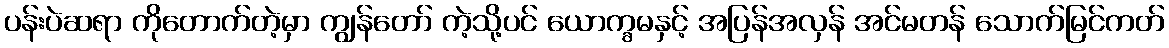
ပန်းပဲဆရာ ကိုတောက်တဲ့မှာ ကျွန်တော် ကဲ့သို့ပင် ယောက္ခမနှင့် အပြန်အလှန် အင်မတန် သောက်မြင်ကတ်